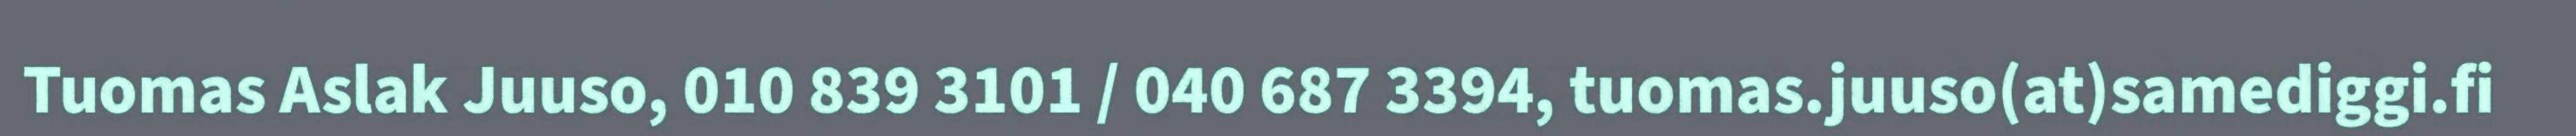
Tuomas Aslak Juuso, 010 839 3101 / 040 687 3394, tuomas.juuso(at)samediggi.fi